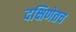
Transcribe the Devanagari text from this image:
दक्षिणेतच